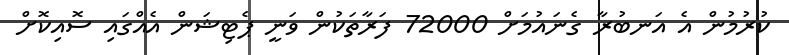
ކުރުމުން އެ އަނބުރާ ގެނައުމަށް 72000 ފަރާތަކުން ވަނީ ޕެޓިޝަން އެއްގައި ސޮއިކޮށް